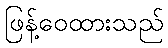
ဖြန့်ဝေထားသည်